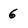
Character: 6